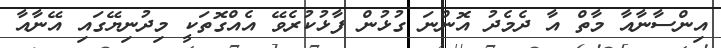
އިންސާނާއާ މާތް އާ ދެމެދު އޮންނަ ގުޅުން ފާޅުކުރެވޭ އެއްގޮތަކީ މިދުނިޔޭގައި އޭނާއާ